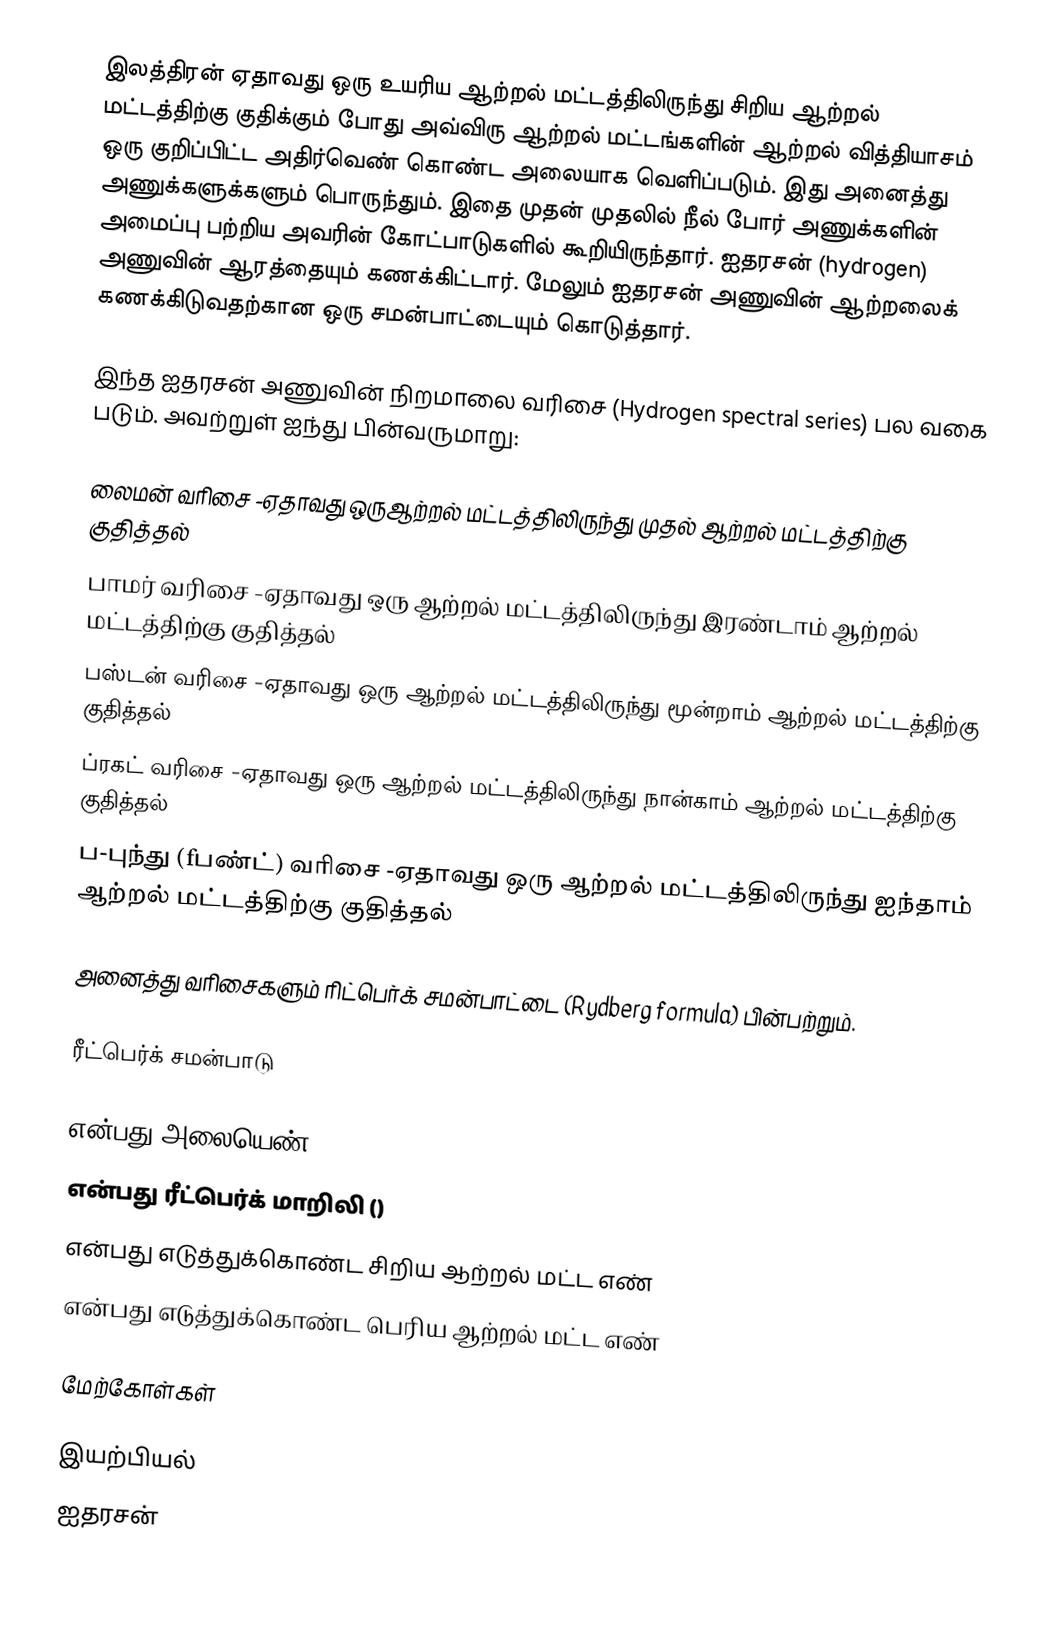
இலத்திரன் ஏதாவது ஒரு உயரிய ஆற்றல் மட்டத்திலிருந்து சிறிய ஆற்றல் மட்டத்திற்கு குதிக்கும் போது அவ்விரு ஆற்றல் மட்டங்களின் ஆற்றல் வித்தியாசம் ஒரு குறிப்பிட்ட அதிர்வெண் கொண்ட அலையாக வெளிப்படும். இது அனைத்து அணுக்களுக்களும் பொருந்தும். இதை முதன் முதலில் நீல் போர் அணுக்களின் அமைப்பு பற்றிய அவரின் கோட்பாடுகளில் கூறியிருந்தார். ஐதரசன் (hydrogen) அணுவின் ஆரத்தையும்  கணக்கிட்டார். மேலும் ஐதரசன் அணுவின் ஆற்றலைக் கணக்கிடுவதற்கான ஒரு சமன்பாட்டையும் கொடுத்தார்.

இந்த ஐதரசன் அணுவின் நிறமாலை வரிசை (Hydrogen spectral series) பல   வகை  படும். அவற்றுள்  ஐந்து பின்வருமாறு:

 லைமன் வரிசை -ஏதாவது ஒருஆற்றல் மட்டத்திலிருந்து முதல் ஆற்றல்  மட்டத்திற்கு குதித்தல்
 பாமர் வரிசை -ஏதாவது ஒரு ஆற்றல் மட்டத்திலிருந்து இரண்டாம் ஆற்றல்  மட்டத்திற்கு குதித்தல்
 பஸ்டன் வரிசை -ஏதாவது ஒரு ஆற்றல் மட்டத்திலிருந்து  மூன்றாம் ஆற்றல்  மட்டத்திற்கு குதித்தல்
 ப்ரகட் வரிசை -ஏதாவது ஒரு ஆற்றல் மட்டத்திலிருந்து நான்காம்  ஆற்றல்  மட்டத்திற்கு குதித்தல்
 ப-புந்து (fபண்ட்) வரிசை  -ஏதாவது ஒரு ஆற்றல் மட்டத்திலிருந்து ஐந்தாம்  ஆற்றல்  மட்டத்திற்கு குதித்தல்

அனைத்து வரிசைகளும் ரிட்பெர்க் சமன்பாட்டை (Rydberg formula) பின்பற்றும்.

ரீட்பெர்க் சமன்பாடு

  என்பது அலையெண்
  என்பது ரீட்பெர்க் மாறிலி ()
  என்பது எடுத்துக்கொண்ட சிறிய ஆற்றல் மட்ட எண்
 என்பது எடுத்துக்கொண்ட பெரிய ஆற்றல் மட்ட எண்

மேற்கோள்கள்

இயற்பியல்
ஐதரசன்